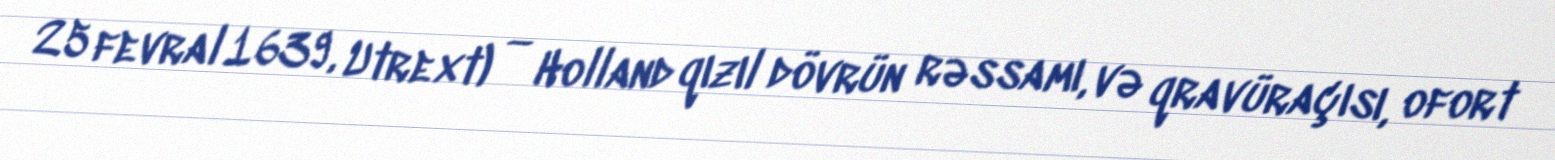
25 fevral 1639, Utrext) — Holland qızıl dövrün rəssamı, və qravüraçısı, ofort